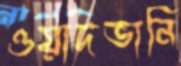
ওয়াদভানি